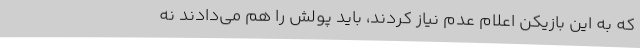
که به این بازیکن اعلام عدم نیاز کردند، باید پولش را هم می‌دادند نه